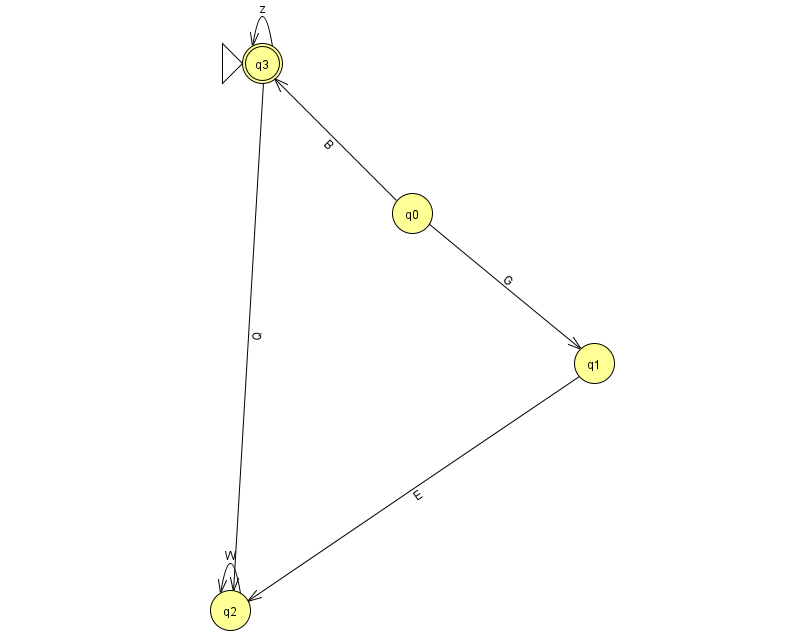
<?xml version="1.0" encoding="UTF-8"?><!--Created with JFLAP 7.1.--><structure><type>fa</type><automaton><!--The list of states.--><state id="0" name="q0"><x>412.0</x><y>200.0</y></state><state id="1" name="q1"><x>594.0</x><y>350.0</y></state><state id="2" name="q2"><x>230.0</x><y>597.0</y></state><state id="3" name="q3"><x>262.0</x><y>50.0</y><initial/><final/></state><!--The list of transitions.--><transition><from>0</from><to>1</to><read>G</read></transition><transition><from>1</from><to>2</to><read>E</read></transition><transition><from>2</from><to>2</to><read>W</read></transition><transition><from>3</from><to>3</to><read>z</read></transition><transition><from>3</from><to>2</to><read>Q</read></transition><transition><from>0</from><to>3</to><read>B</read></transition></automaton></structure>